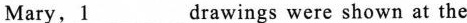
Mary, \underline{1} drawings were shown at the